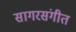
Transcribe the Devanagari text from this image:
सागरसंगीत